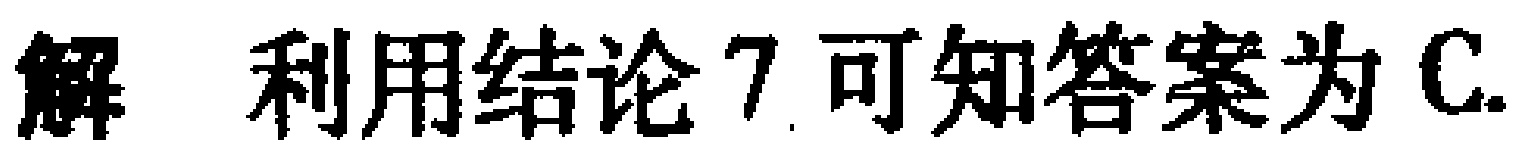
解 利用结论 7 可知答案为 C.